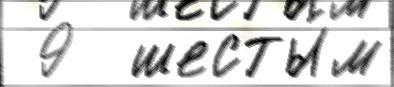
 9  шесты́м